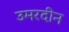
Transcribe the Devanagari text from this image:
उमरदीन